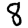
Digit: 8